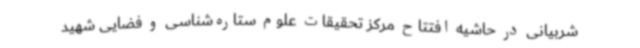
شربیانی در حاشیه افتتاح مرکز تحقیقات علوم ستاره‌شناسی و فضایی شهید